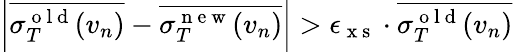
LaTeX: \left|\overline{{\sigma_{T}^{\mathrm{~o~l~d~}}(v_{n})}}-\overline{{\sigma_{T}^{\mathrm{~n~e~w~}}(v_{n})}}\right|>\epsilon_{\mathrm{~x~s~}}\cdot\overline{{\sigma_{T}^{\mathrm{~o~l~d~}}(v_{n})}}